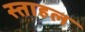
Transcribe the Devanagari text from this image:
स्ताहल